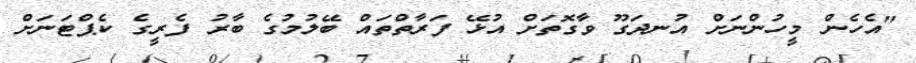
"އެހެން މީހުންނަށް އުނދަގޫ ވާގޮތަށް އުޅޭ ފަރާތްތައް ބޭލުމުގެ ބާރު ފެރީގެ ކެޕްޓަނަށް